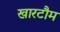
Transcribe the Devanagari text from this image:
खारटौम